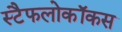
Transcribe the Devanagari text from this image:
स्टैफलोकॉकस